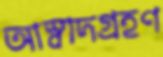
আস্বাদগ্রহণ